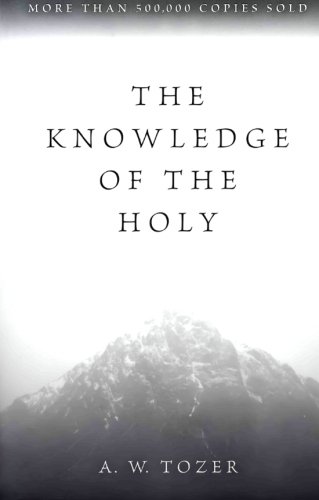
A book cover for The Knowledge of the Holy: The Attributes of God: Their Meaning in the Christian Life; A. W. Tozer; Christian Books & Bibles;